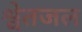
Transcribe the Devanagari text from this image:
श्वेतजल